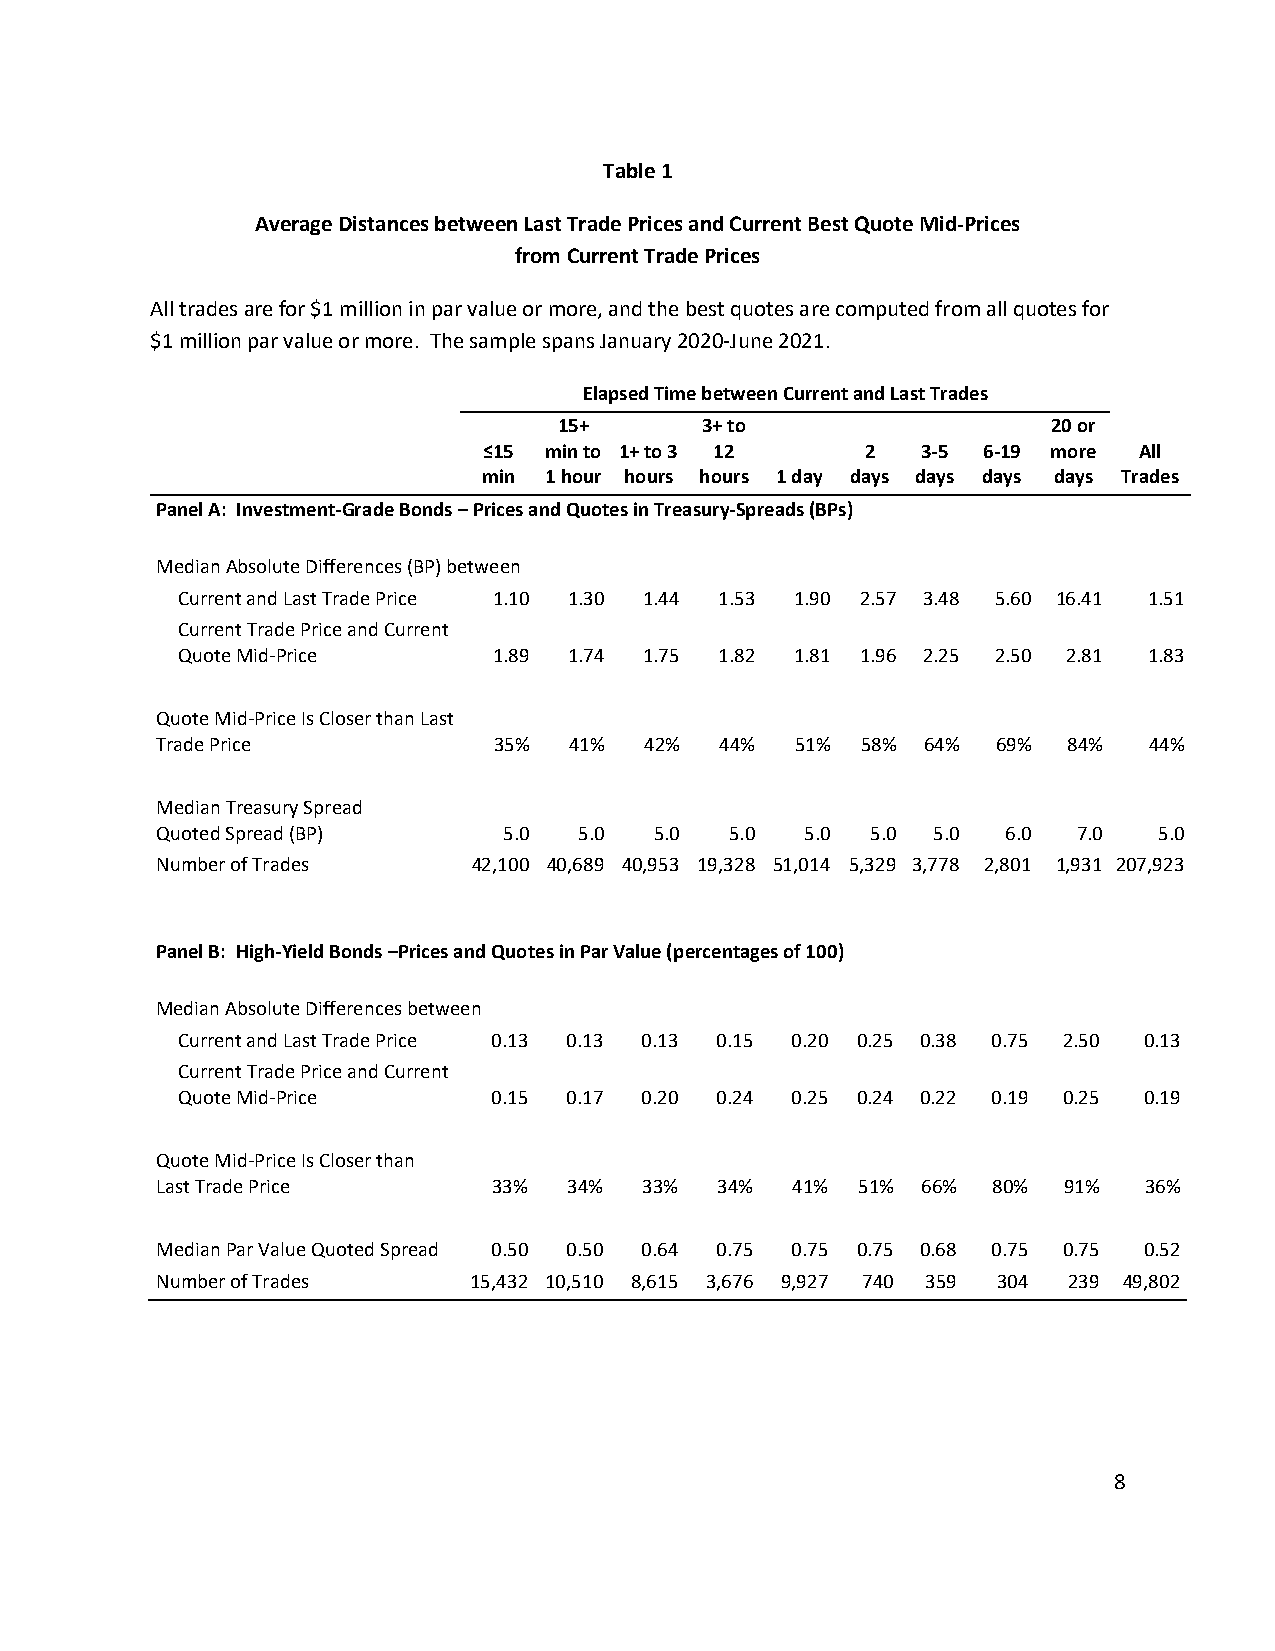
Table 1
 Average Distances between Last Trade Prices and Current Best Quote Mid-Prices
 from Current Trade Prices
 All trades are for $1 million in par value or more, and the best quotes are computed from all quotes for
 $1 million par value or more. The sample spans January 2020-June 2021.
 Elapsed Time between Current and Last Trades
 15+      3+ to                   20 or
 ≤15 min to 1+ to 3 12    2   3-5 6-19 more All
 min 1 hour hours hours 1 day days days days days Trades
 Panel A: Investment-Grade Bonds – Prices and Quotes in Treasury-Spreads (BPs)
 Median Absolute Differences (BP) between
 Current and Last Trade Price 1.10 1.30 1.44 1.53 1.90 2.57 3.48 5.60 16.41 1.51
 Current Trade Price and Current
 Quote Mid-Price      1.89 1.74 1.75 1.82 1.81 1.96 2.25 2.50 2.81 1.83
 Quote Mid-Price Is Closer than Last
 Trade Price            35%  41%  42%  44%  51% 58% 64%  69%  84%  44%
 Median Treasury Spread
 Quoted Spread (BP)     5.0  5.0  5.0  5.0  5.0  5.0 5.0  6.0 7.0   5.0
 Number of Trades     42,100 40,689 40,953 19,328 51,014 5,329 3,778 2,801 1,931 207,923
 Panel B: High-Yield Bonds –Prices and Quotes in Par Value (percentages of 100)
 Median Absolute Differences between
 Current and Last Trade Price 0.13 0.13 0.13 0.15 0.20 0.25 0.38 0.75 2.50 0.13
 Current Trade Price and Current
 Quote Mid-Price      0.15 0.17 0.20 0.24 0.25 0.24 0.22 0.19 0.25 0.19
 Quote Mid-Price Is Closer than
 Last Trade Price       33%  34%  33% 34%  41%  51% 66%  80% 91%   36%
 Median Par Value Quoted Spread 0.50 0.50 0.64 0.75 0.75 0.75 0.68 0.75 0.75 0.52
 Number of Trades     15,432 10,510 8,615 3,676 9,927 740 359 304 239 49,802
 8